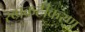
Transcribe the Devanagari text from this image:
स्व्प्रकटीकरण